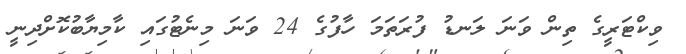
ވިކްޓަރީގެ ތިން ވަނަ ލަނޑު ފުރަތަމަ ހާފުގެ 24 ވަނަ މިނެޓުގައި ކާމިޔާބުކޮށްދިނީ